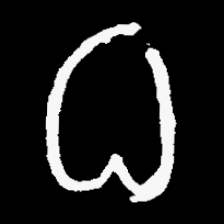
Pyu character \u2014 Myanmar letter: ဓ (romanized: dha)